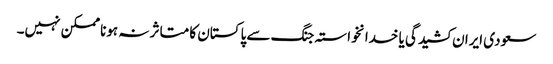
سعودی ایران کشیدگی یا خدانخواستہ جنگ سے پاکستان کا متاثر نہ ہونا ممکن نہیں۔